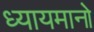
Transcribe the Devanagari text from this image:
ध्यायमानो